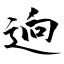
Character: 逈